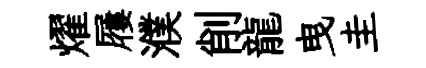
燿屨濮削龍曳圭